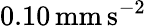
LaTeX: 0.10\mathrm{\, mm\, s^{-2}}